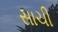
સાચી